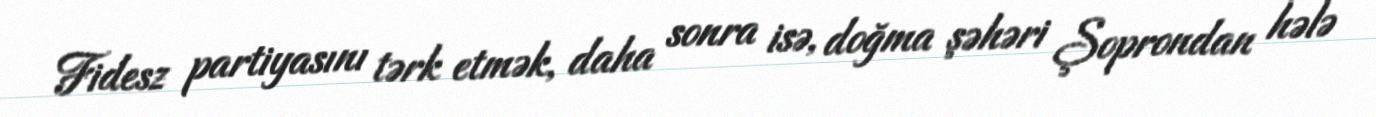
Fidesz partiyasını tərk etmək, daha sonra isə, doğma şəhəri Şoprondan hələ